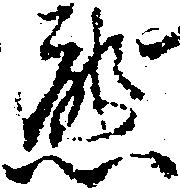
熊